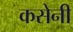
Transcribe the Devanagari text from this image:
कसेनी